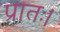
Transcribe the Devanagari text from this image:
प्रातः।